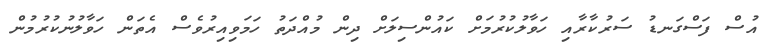
އުސް ފަސްގަނޑު ސަރުކާރާއި ހަވާލުކުރުމަށް ކައުންސިލަށް ދިން މުއްދަތު ހަމަވިއިރުވެސް އެތަން ހަވާލުނުކުރުމުން